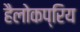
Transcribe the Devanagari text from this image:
हैलोकप्रिय